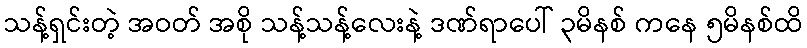
သန့်ရှင်းတဲ့ အဝတ် အစို သန့်သန့်လေးနဲ့ ဒဏ်ရာပေါ် ၃မိနစ် ကနေ ၅မိနစ်ထိ